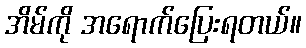
အိမ်ကို အရောက်ပြေးရတယ်။